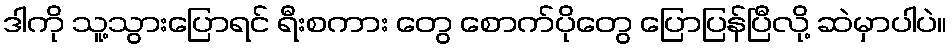
ဒါကို သူ့သွားပြောရင် ရီးစကား တွေ စောက်ပိုတွေ ပြောပြန်ပြီလို့ ဆဲမှာပါပဲ။